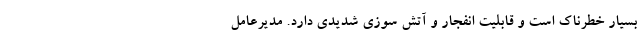
بسیار خطرناک است و قابلیت انفجار و آتش سوزی شدیدی دارد. مدیرعامل